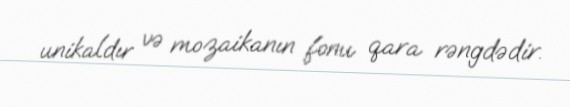
unikaldır və mozaikanın fonu qara rəngdədir.